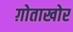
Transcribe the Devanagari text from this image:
ग़ोताखोर